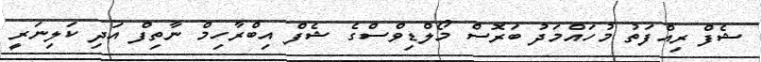
ޝެފް ރިއްފަތު މުހައްމަދު ބަރޮސް މޯލްޑިވްސްގެ ޝެފް އިބްރާހިމް ނާތިފް އަދި ކަލިނަރީ